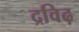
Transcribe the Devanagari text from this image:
द्रविढ़